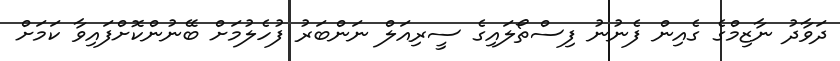
ދަވާދު ނާޒިމްގެ ގެއިން ފެނުނު ފިސްތޯލައިގެ ސީރިއަލް ނަންބަރު ފުހެލުމަށް ބޭނުންކޮށްފައިވާ ކަމަށް